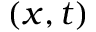
( x , t )